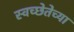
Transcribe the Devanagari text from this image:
स्वच्छेतेच्या